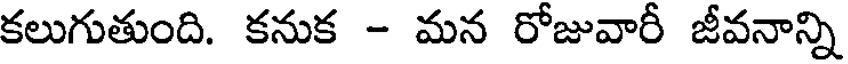
కలుగుతుంది. కనుక - మన రోజువారీ జీవనాన్ని